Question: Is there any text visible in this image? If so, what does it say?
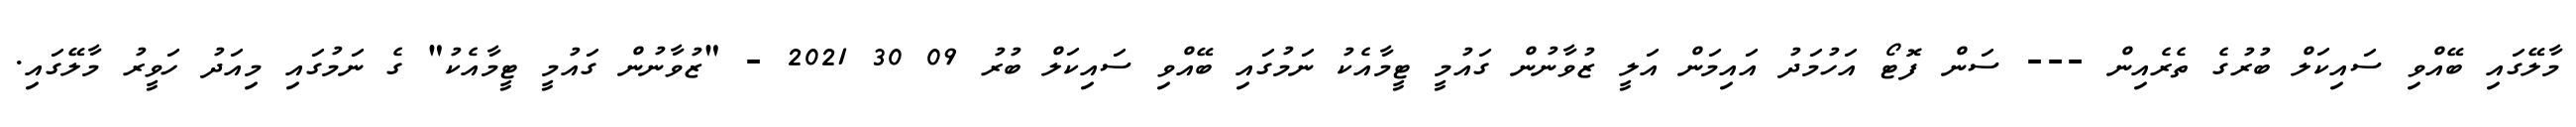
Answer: މާލޭގައި ބޭއްވި ސައިކަލް ބުރުގެ ތެރެއިން --- ސަން ފޮޓޯ އަހުމަދު އައިމަން އަލީ ޒުވާނުން ގައުމީ ޓީމާއެކު ނަމުގައި ބޭއްވި ސައިކަލް ބުރު 09 30 2021 - "ޒުވާނުން ގައުމީ ޓީމާއެކު" ގެ ނަމުގައި މިއަދު ހަވީރު މާލޭގައި.